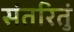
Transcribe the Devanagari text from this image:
संतरितुं